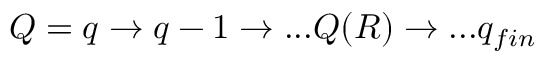
Q = q \to q - 1 \to . . . Q ( R ) \to . . . q _ { f i n }